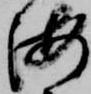
海